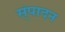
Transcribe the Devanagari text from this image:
स्ंपादन